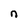
Character: n